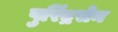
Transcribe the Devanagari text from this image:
पुरिंद्रसेन